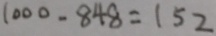
1 0 0 0 - 8 4 8 = 1 5 2